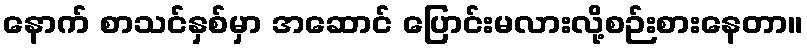
နောက် စာသင်နှစ်မှာ အဆောင် ပြောင်းမလားလို့စဉ်းစားနေတာ။